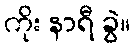
ကိုး နာရီ ခွဲ။